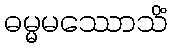
ဓမ္မမဿောသိံ